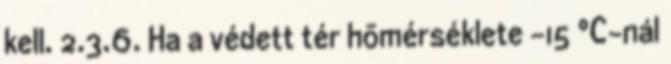
kell. 2.3.6. Ha a védett tér hõmérséklete -15 °C-nál